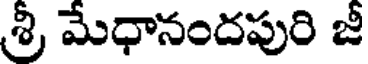
శ్రీ మేధానందపురి జీ